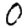
Digit: 0